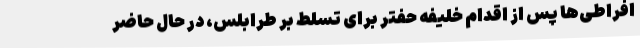
افراطی‌ها پس از اقدام خلیفه حفتر برای تسلط بر طرابلس، در حال حاضر